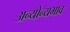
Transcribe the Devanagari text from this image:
अन्योन्यभाव